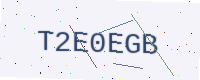
Text: T2E0EGB